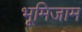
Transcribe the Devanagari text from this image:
भूमिजाम